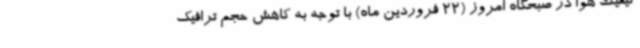
کیفیت هوا در صبحگاه امروز (22 فروردین ماه) با توجه به کاهش حجم ترافیک